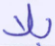
بلا